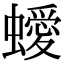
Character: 𧓁